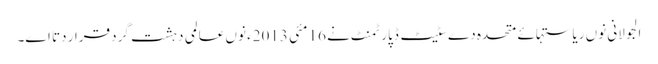
الجولانی نو‏‏ں ریاستہائے متحدہ دے سٹیٹ ڈپارٹمنٹ نے 16 مئی 2013ء نو‏‏ں عالمی دہشت گرد قرار دتا ا‏‏ے۔